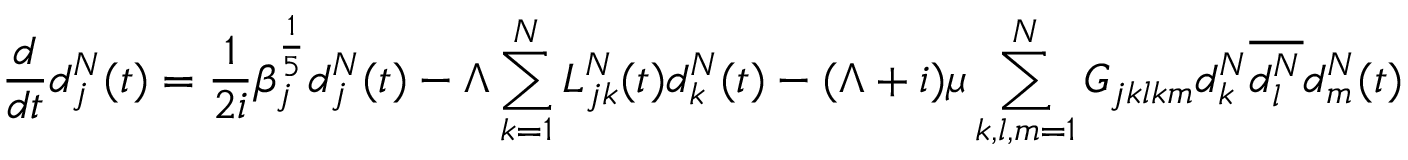
\frac { d } { d t } d _ { j } ^ { N } ( t ) = \frac { 1 } { 2 i } \beta _ { j } ^ { \frac { 1 } { 5 } } d _ { j } ^ { N } ( t ) - \Lambda \sum _ { k = 1 } ^ { N } L _ { j k } ^ { N } ( t ) d _ { k } ^ { N } ( t ) - ( \Lambda + i ) \mu \sum _ { k , l , m = 1 } ^ { N } G _ { j k l k m } d _ { k } ^ { N } \overline { { d _ { l } ^ { N } } } d _ { m } ^ { N } ( t )